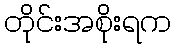
တိုင်းအစိုးရက